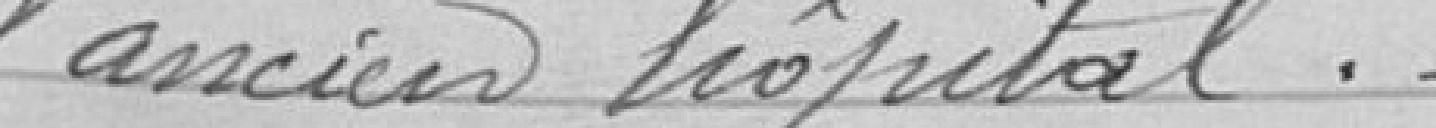
l'ancien hôpital